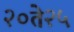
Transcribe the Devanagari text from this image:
२०ते२५